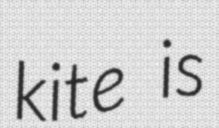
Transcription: kite is